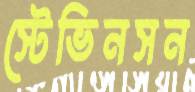
স্টেভিনসন